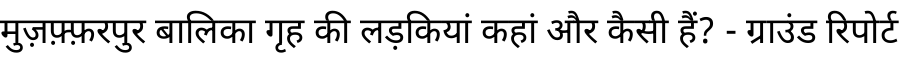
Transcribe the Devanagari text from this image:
मुज़फ़्फ़रपुर बालिका गृह की लड़कियां कहां और कैसी हैं? - ग्राउंड रिपोर्ट